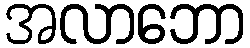
အလာဘော